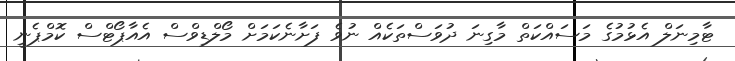
ޓާމިނަލް އެޅުމުގެ މަސައްކަތް މާގިނަ ދުވަސްތަކެއް ނުވެ ފަށާނެކަމަށް މޯލްޑިވްސް އެއާޕޯޓްސް ކޮމްޕެނީ